Lunatic asylums in Bengal annual reports 1899-1911 - 1899-1911
Year: 1899
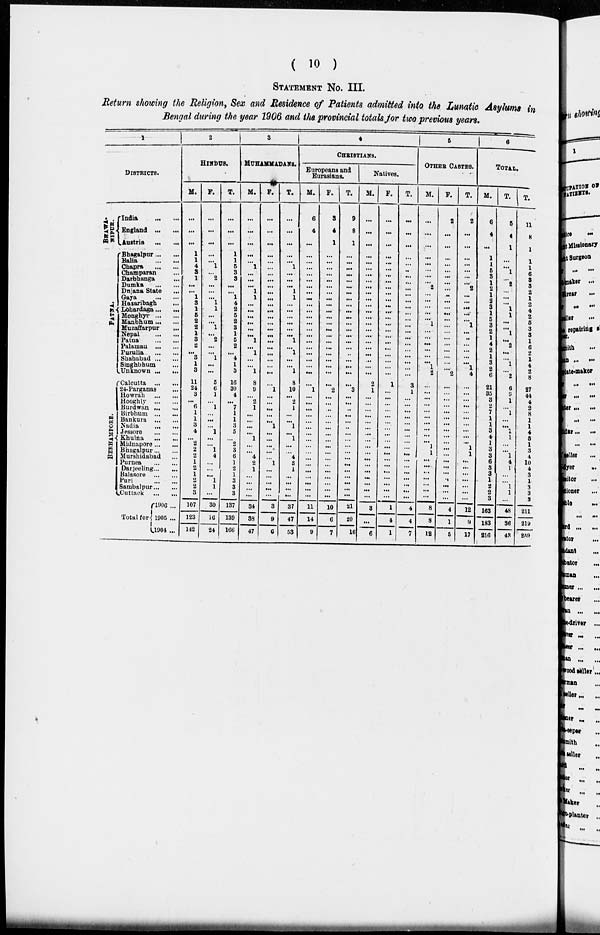
( 10 )
STATEMENT No. III.
Return showing the Religion, Sex and Residence of Patients admitted into the Lunatic Asylums in
Bengal during the year 1906 and the provincial totals for two previous years.
1
DISTRICTS.
BHAWA-
NIPUR.
PATNA.
BERHAMPORE.
India
... ...
England ... ...
Austria ...
...
Bhagalpur ... ...
Balia
...
...
Chapra
...
...
Champaran ...
Darbhanga ...
Dumka
...
...
Dnjana State ...
Gaya
...
...
Hazaribagh
...
Lohardaga ... ...
Monghyr .. ...
Manbhum ... ...
Muzaffarpur ...
Nepal
...
...
Patna
...
...
Palamau
...
...
Purulia
...
...
Shahabad ... ...
Singhbhum ...
Unknown ... ...
Calcutta
...
...
24-Parganas ...
Howrah
...
...
Hooghly
...
...
Burdwan ... ...
Birbbum
...
...
Bankura
...
...
Nadia
...
...
Jessore
...
...
Khulna ... ...
Midnapore ... ...
Bhagalpur ... ...
Murshidabad ...
Purnea
...
...
Darjeeling ... ...
Balasore
...
...
Puri
...
...
Sambalpur ... ...
Cuttack
...
...
Total for
1906 ...
1905 ...
1904 ...
2
HINDUS.
M.
...
...
...
1
1
4
3
1
...
...
1
3
1
5
2
2
1
3
2
...
3
1
3
11
24
3
...
6
1
1
3
4
...
2
2
2
1
2
1
2
2
3
107
123
142
F.
...
...
...
...
...
1
...
2
...
...
...
1
1
...
...
1
...
2
...
...
1
...
...
5
6
1
...
1
...
...
...
1
...
...
1
4
...
...
...
1
1
...
30
16
24
T.
...
...
...
1
1
5
3
3
...
...
1
4
2
5
2
3
1
5
2
...
4
1
3
16
30
4
...
7
1
1
3
5
...
2
3
6
1
2
1
3
3
3
137
139
166
3
MUHAMMADANS.
M.
...
...
...
...
...
1
...
...
...
1
1
...
...
... ...
...
...
1
...
1
...
...
1
8
9
...
2
1
...
...
...
...
1
...
...
4
2
1
...
...
...
...
34
38
47
F.
...
...
...
...
...
...
...
...
...
...
...
...
...
...
...
...
...
...
...
...
...
...
...
...
1
...
...
...
...
...
1
...
...
...
...
...
1
...
...
...
...
...
3
9
6
T.
...
...
...
...
...
1
...
...
... 1
1
...
...
...
...
...
...
1
...
1
...
...
1
8
10
...
2
1
...
...
1
...
1
...
...
4
3
1
...
...
...
...
37
47
53
4
CHRISTIANS.
Europeans and
Eurasians.
M.
6
4
...
...
...
...
...
...
...
...
...
...
...
...
...
...
...
...
...
...
...
...
...
...
1
...
...
...
...
...
...
...
...
...
...
...
...
...
...
...
...
...
11
14
9
F.
3
4
1
...
...
...
...
...
...
...
...
...
...
...
...
...
...
...
...
...
...
...
...
...
2
...
...
...
...
...
...
...
...
...
...
...
...
...
...
...
...
...
10
6
7
T.
9
8
1
...
...
...
...
...
...
...
...
...
...
...
...
...
...
...
...
...
...
...
...
...
3
...
...
...
...
...
...
...
...
...
...
...
...
...
...
...
...
...
21
20
16
Natives.
M.
... ...
...
...
...
...
...
...
...
...
...
...
...
...
...
...
...
...
...
...
...
...
...
2
1
...
...
...
...
...
...
...
...
...
...
...
...
...
...
...
...
...
3
...
6
F.
...
...
...
...
...
...
...
...
...
...
...
...
...
...
...
...
...
...
...
...
...
...
...
1
...
...
...
...
...
...
...
...
...
...
...
...
...
...
...
...
...
...
1
4
1
T.
...
...
...
...
...
...
...
...
...
...
...
...
...
... ...
...
...
...
...
...
...
...
...
3
1
...
...
...
...
...
...
...
...
...
...
...
...
...
...
...
...
...
4
4
7
5
OTHER CASTES.
M.
...
...
...
...
...
...
...
...
2
...
...
...
...
... 1
...
...
...
...
...
...
1
2
...
...
...
...
...
...
...
...
...
...
1
1
... ...
...
...
...
...
...
8
8
12
F.
2
...
...
...
...
...
...
...
...
...
...
...
...
... ...
...
...
...
...
...
...
...
2
...
...
...
...
...
...
...
...
...
...
...
...
...
...
...
...
...
...
...
4
1
5
T.
2
...
...
...
...
...
...
...
2
...
...
...
...
... 1
...
...
...
...
...
...
1
4
...
...
...
...
...
...
...
...
...
...
1
1
...
...
...
...
...
...
...
12
9
17
6
TOTAL.
M.
6
4
...
1
1
5
3
1
2
1
2
3
1
5
3
2
1
4
2
1
3
2
6
21
35
3
2
7
1
1
3
4
1
3
3
6
3 3
1
2
2
3
163
183
216
F.
5
4
1
...
...
1
...
2
...
...
...
1
1
... ...
1
...
2
...
...
1
...
2
6
9
1
...
1
...
...
1
1
...
...
1
4
1
...
...
1
1
...
48
36
43
T.
11
8
1
1
1 6
3
3
2
1
2
4
2
5 3
3
1
6
2
1
4
2
8
27
44
4
2
8
1
1
4
5
1
3
4
10
4
3
1
3
3
3
211
219
259